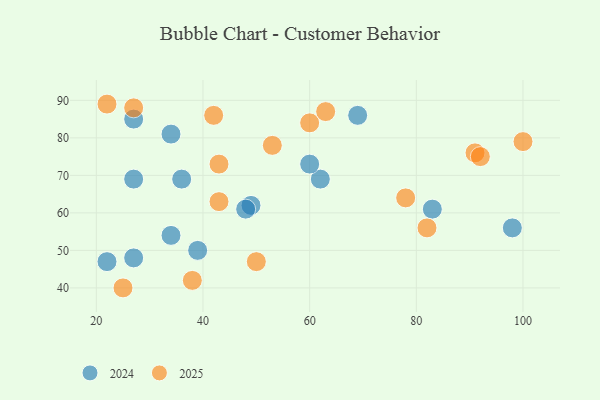
{"axis": {"x": "GDP", "y": "Life Expectancy"}, "legend": ["2024", "2025"], "data": [{"x": "22", "y": 47, "type": "2024"}, {"x": "98", "y": 56, "type": "2024"}, {"x": "39", "y": 50, "type": "2024"}, {"x": "49", "y": 62, "type": "2024"}, {"x": "34", "y": 54, "type": "2024"}, {"x": "27", "y": 69, "type": "2024"}, {"x": "36", "y": 69, "type": "2024"}, {"x": "69", "y": 86, "type": "2024"}, {"x": "62", "y": 69, "type": "2024"}, {"x": "34", "y": 81, "type": "2024"}, {"x": "27", "y": 85, "type": "2024"}, {"x": "48", "y": 61, "type": "2024"}, {"x": "60", "y": 73, "type": "2024"}, {"x": "83", "y": 61, "type": "2024"}, {"x": "27", "y": 48, "type": "2024"}, {"x": "43", "y": 73, "type": "2025"}, {"x": "53", "y": 78, "type": "2025"}, {"x": "60", "y": 84, "type": "2025"}, {"x": "42", "y": 86, "type": "2025"}, {"x": "91", "y": 76, "type": "2025"}, {"x": "78", "y": 64, "type": "2025"}, {"x": "38", "y": 42, "type": "2025"}, {"x": "43", "y": 63, "type": "2025"}, {"x": "92", "y": 75, "type": "2025"}, {"x": "27", "y": 88, "type": "2025"}, {"x": "22", "y": 89, "type": "2025"}, {"x": "25", "y": 40, "type": "2025"}, {"x": "82", "y": 56, "type": "2025"}, {"x": "50", "y": 47, "type": "2025"}, {"x": "100", "y": 79, "type": "2025"}, {"x": "63", "y": 87, "type": "2025"}]}